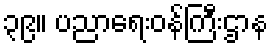
၃၉။ ပညာရေးဝန်ကြီးဌာန